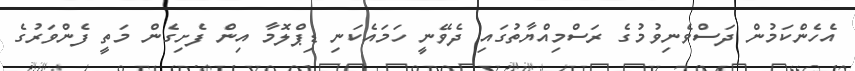
އެހެންކަމުން ދަސްވެނިވުމުގެ ރަސްމިއްޔާތުގައި ދެވޭނީ ހަމައެކަނި ޑިޕްލޮމާ އިން ފެށިގެން މަތީ ފެންވަރުގެ